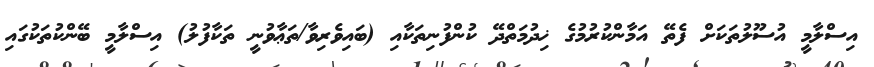
އިސްލާމީ އުސޫލުތަކަށް ފެތޭ އަމާންކުރުމުގެ ޚިދުމަތްދޭ ކުންފުނިތަކާއި (ބައިވެރިވާ/ތަޢާވުނީ ތަކާފުލު) އިސްލާމީ ބޭންކުތަކުގައި